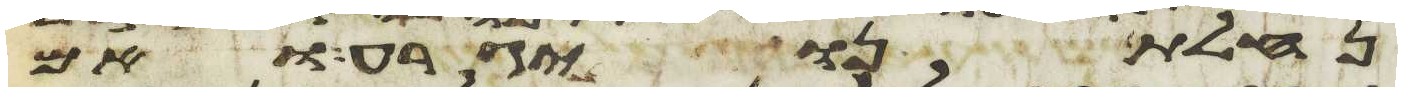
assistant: נחלתנו יגרע ואם